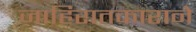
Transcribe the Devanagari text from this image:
जाहिरातकाराने